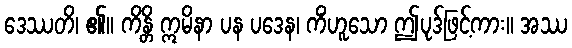
ဒေဿတိ၊ ၏။ ကိန္တိ ဣမိနာ ပန ပဒေန၊ ကိံဟူသော ဤပုဒ်ဖြင့်ကား။ အဿ